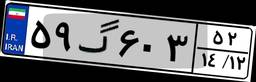
۵۹گ۶۰۳۵۲